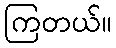
ကြတယ်။